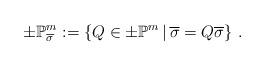
LaTeX: \begin{align*}\pm\mathbb{P}_{\overline{\sigma}}^m:=\left\{{Q}\in\pm\mathbb{P}^m\,|\, \overline{\sigma}={Q}\overline{\sigma}\right\}\,.\end{align*}